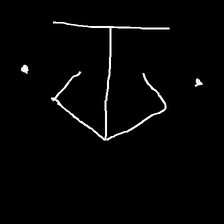
Glyph: earth